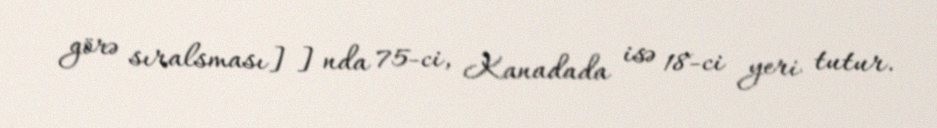
görə sıralsması]]nda 75-ci, Kanadada isə 18-ci yeri tutur.